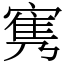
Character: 㝦